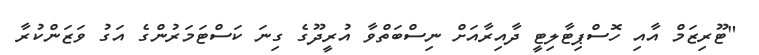
"ޓޫރިޒަމް އާއި ހޮސްޕިޓާލިޓީ ދާއިރާއަށް ނިސްބަތްވާ އުރީދޫގެ ގިނަ ކަސްޓަމަރުންގެ އަގު ވަޒަންކުރާ